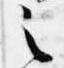
之